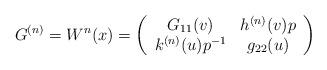
LaTeX: \begin{align*}G^{(n)}=W^{n}(x)=\left(\begin{array}{cc}G_{11}(v) & h^{(n)}(v) p \\k^{(n)}(u)p^{-1} & g_{22}(u)\end{array} \right)\end{align*}